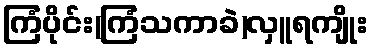
ကြံပိုင်း(ကြံသကာခဲ)လှူရကျိုး